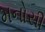
મનોસી